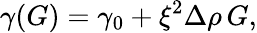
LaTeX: \gamma(G)=\gamma_{0}+\xi^{2}\Delta\rho\, G,